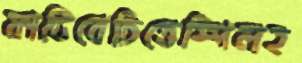
ফাটিবেচিত্তেস্পিলহ